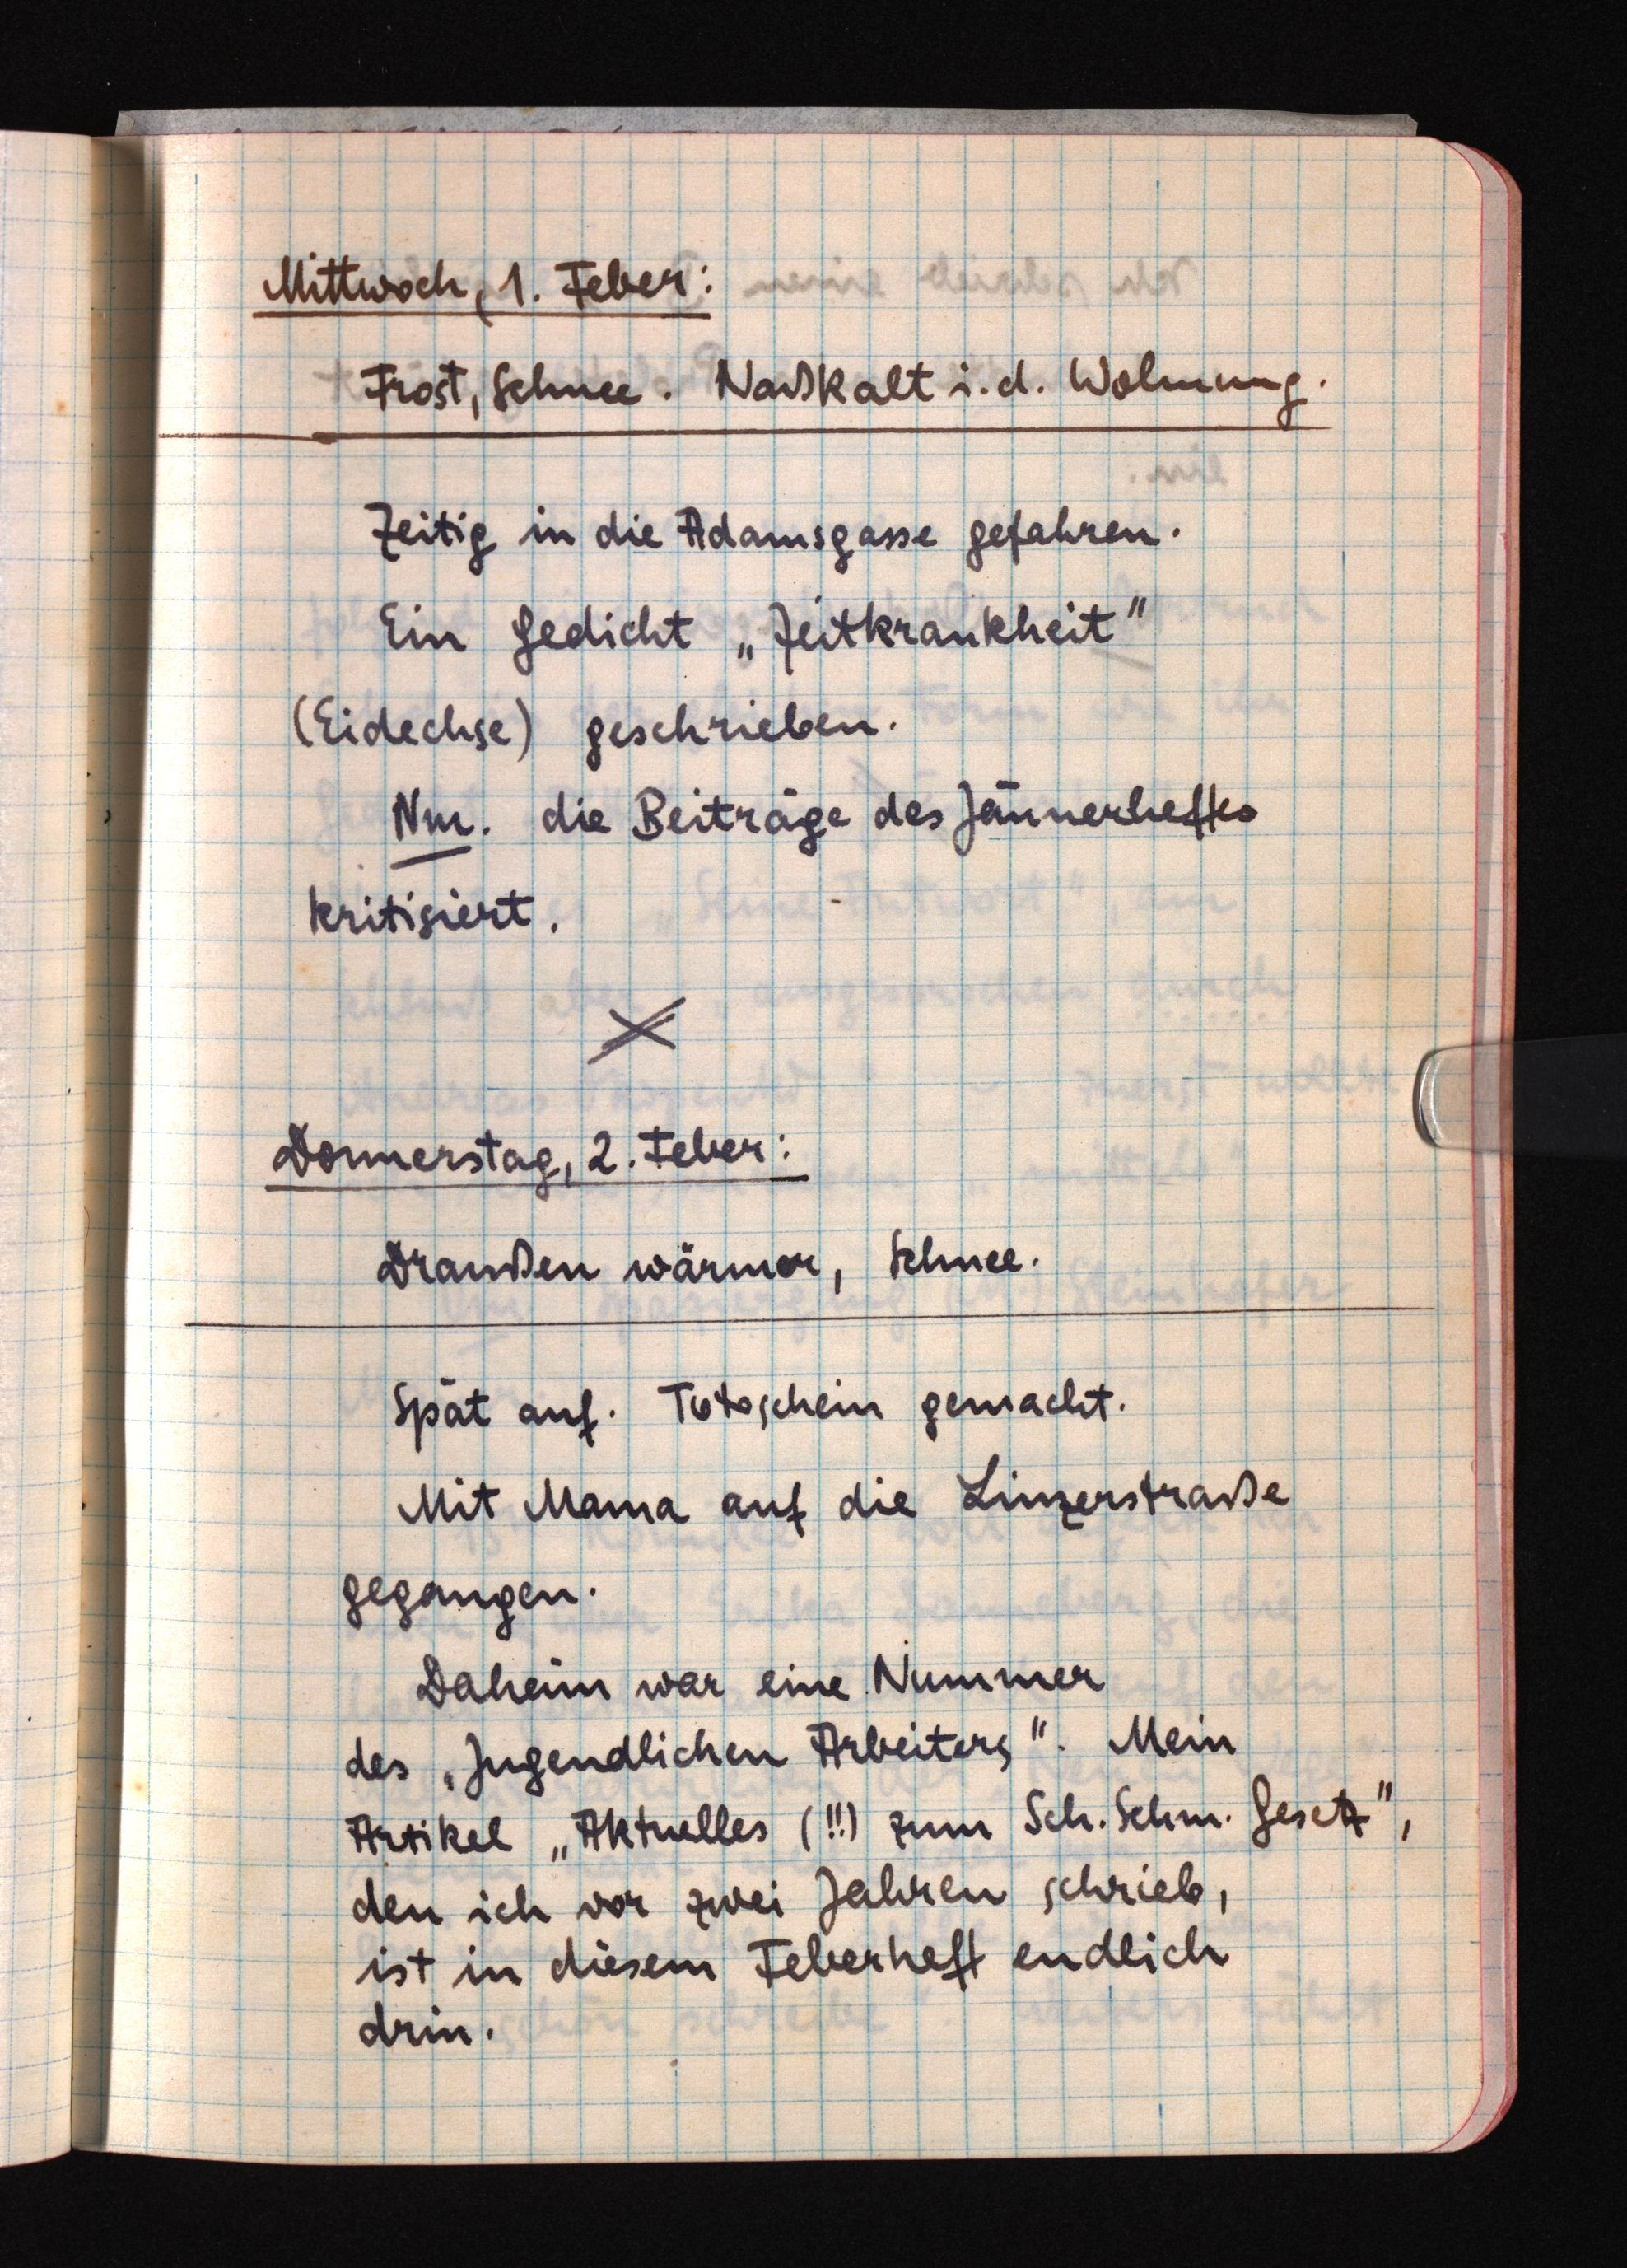
Mittwoch, 1. Feber:
Frost, Schnee. Naßkalt i. d. Wohnung.
Zeitig in die Adamsgasse gefahren.
Ein Gedicht "Zeitkrankheit"
(Eidechse) geschrieben.
Nm. die Beiträge des Jännerheftes
kritisiert.
Donnerstag, 2. Feber:
Draußen wärmer, Schnee.
Spät auf. Totoschein gemacht.
Mit Mama auf die Linzerstraße
gegangen.
Daheim war eine Nummer
des "Jugendlichen Arbeiters". Mein
Artikel "Aktuelles (!!) zum Sch. Schm. Gesetz",
den ich vor zwei Jahren schrieb,
ist in diesem Feberheft endlich
drin.